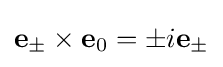
\mathbf {e} _{\pm }\times \mathbf {e} _{0}=\pm i\mathbf {e} _{\pm }